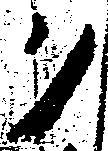
ク